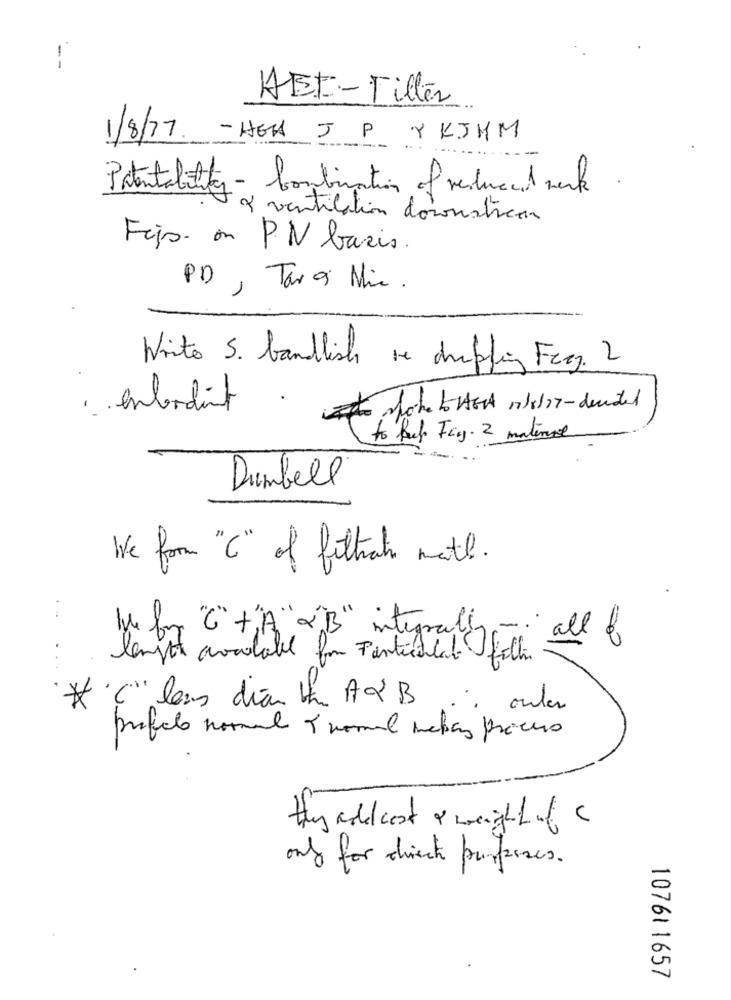
--
AEF-Filler
1/8/77. - HGH J PY KJHM
--
Patentability - Combination of reduced werk
2 ventilation dosonstican
Fejs. on P.V basis.
PD , Taras Mir.
Write S. banklish ve dripping Freg. 2
enbordint
to Ref. Fag. 2 matinal
Dumbell
We from "C" of filtrat math.
.-
Ive for "C"+"A"2"B" integrally- all f
length available for Particular filha
* C' lass diar the A2 B
ouler
profelo normal 5 normal metas prices
they are cost a weight of a
only for dick purposes .
10761 1657